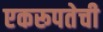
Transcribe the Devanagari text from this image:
एकरूपतेची